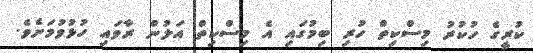
ކުރީގެ ހުކުރު މިސްކިތް ހުރި ބިމުގައި އެ މިސްކިތް އަލުން ރާވައި ހުޅުވުމަށެވެ.